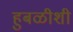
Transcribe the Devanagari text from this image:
हुबळीशी